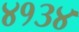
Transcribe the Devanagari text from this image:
४१३४